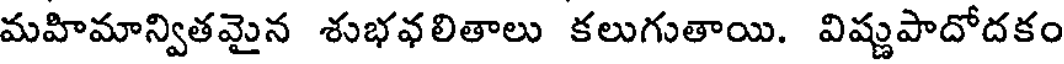
మహిమాన్వితమైన శుభవలితాలు కలుగుతాయి. విష్ణుపాదోదకం